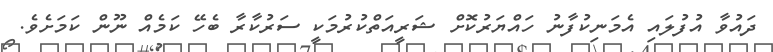
ދައުވާ އުފުލައި އެމަނިކުފާނު ހައްޔަރުކޮށް ޝަރީއަތްކުރުމަކީ ސަރުކާރާ ބެހޭ ކަމެއް ނޫން ކަމަށެވެ.